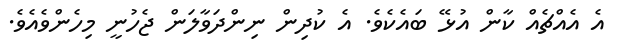
އެ އެއްޗެއް ކާން އުޅޭ ބައެކެވެ. އެ ކުދިން ނިންދަވާލަން ޖެހުނީ މިހެންވެއެވެ.